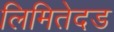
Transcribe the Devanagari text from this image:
लिमितेदड